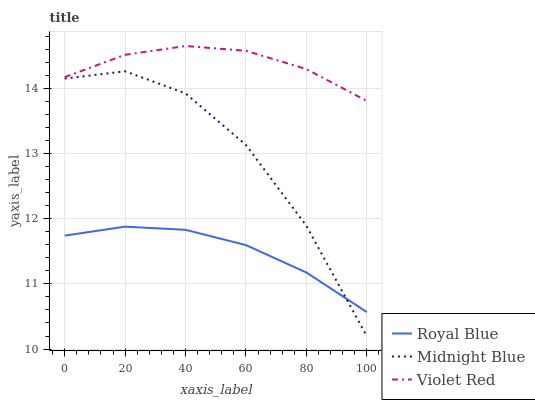
| xaxis_label | Royal Blue | Midnight Blue | Violet Red |
 | --- | --- | --- | --- |
 | 0 | 11.7 | 14.1 | 14.2 |
 | 20 | 11.9 | 14.3 | 14.5 |
 | 40 | 11.8 | 13.9 | 14.6 |
 | 60 | 11.6 | 13.1 | 14.6 |
 | 80 | 11.2 | 11.9 | 14.3 |
 | 100 | 10.6 | 10.2 | 13.8 |